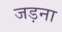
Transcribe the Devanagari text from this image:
जड़ना